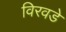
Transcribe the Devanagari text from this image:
विरवडे